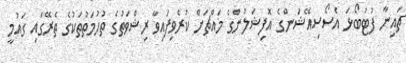
ޗައިނާ ފުޓުބޯޅަ އެސޯސިއޭޝަންގެ އޮފިޝަލުންގެ މައްޗަށް ކުރެވިފައިވާ ރިޝްވަތުގެ ތުހުމަތުތަކުގެ ތެރޭގައި ގައުމީ